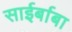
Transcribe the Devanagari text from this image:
साईर्बाबा